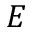
E